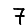
Digit: 7